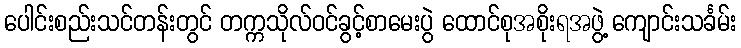
ပေါင်းစည်းသင်တန်းတွင် တက္ကသိုလ်ဝင်ခွင့်စာမေးပွဲ ထောင်စုအစိုးရအဖွဲ့ ကျောင်းသင်္ခမ်း